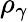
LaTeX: \rho_{\gamma}